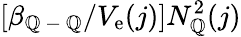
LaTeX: [\beta_{\mathbb{Q}\mathrm{{~-~}}\mathbb{Q}}/V_{\mathrm{{e}}}(j)]N_{\mathbb{Q}}^{2}(j)